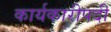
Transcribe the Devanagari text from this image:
कार्यकारीपदी